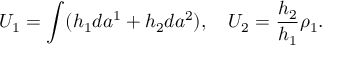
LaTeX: U _ { 1 } = \int ( h _ { 1 } d a ^ { 1 } + h _ { 2 } d a ^ { 2 } ) , \quad U _ { 2 } = \frac { h _ { 2 } } { h _ { 1 } } \rho _ { 1 } .